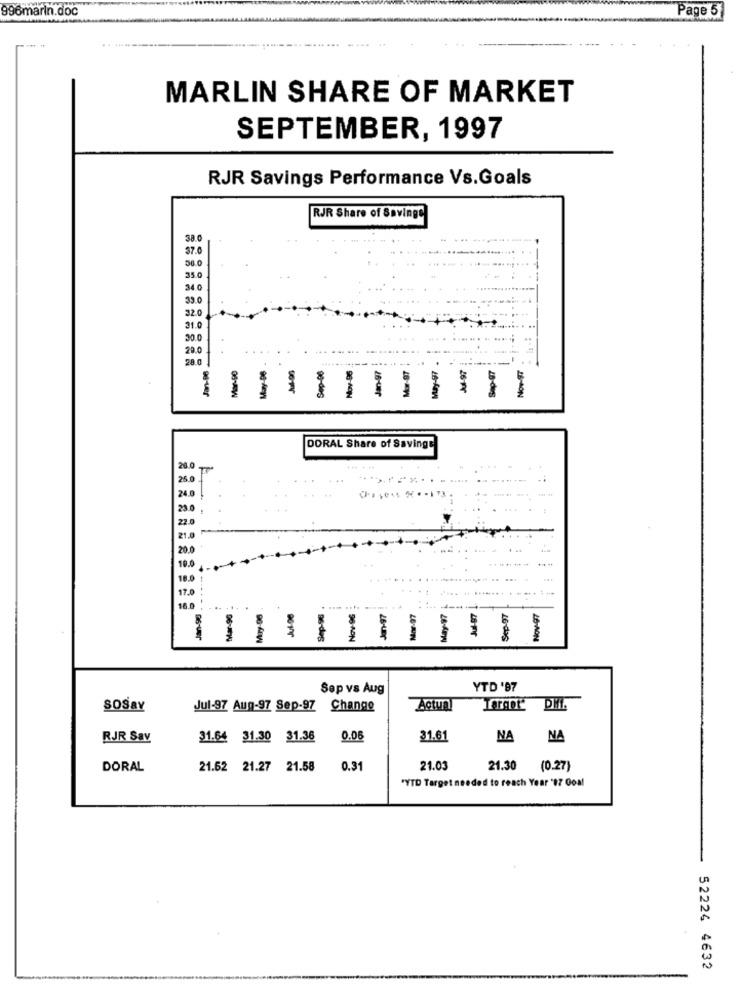
996marin.doc
Page 5
MARLIN SHARE OF MARKET
SEPTEMBER, 1997
RJR Savings Performance Vs.Goals
RJR Share of Savings
380
37.0
35.0
33.
32.0
31.
30.0
29.0
28
Nov-96
Mow-97
May-97
28-de
26-MON
DORAL Share of Savinge
25.0
...
20
1.0
.. ...... .
17.0
... .
... .. .
Miry-96
........
Nov-96
96-des
1111
Sep vs Aug
YTD '87
SOSBY
Jul-97 Aug-97 Sep-97 Change
Actual
Targot
DHL
RJR Sav
31.64 31.30 31.36
0.06
31.61
NA
NA
DORAL
21.62 21.27 21.58
0.31
21.03
21.30
(0.27)
"YTD Target needed to reach Year '17 Goal
52224 4632